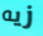
زيه